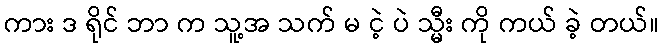
ကား ဒ ရိုင် ဘာ က သူ့အ သက် မ ငဲ့ ပဲ သ္မီး ကို ကယ် ခဲ့ တယ်။